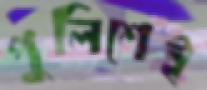
পুলিশেই